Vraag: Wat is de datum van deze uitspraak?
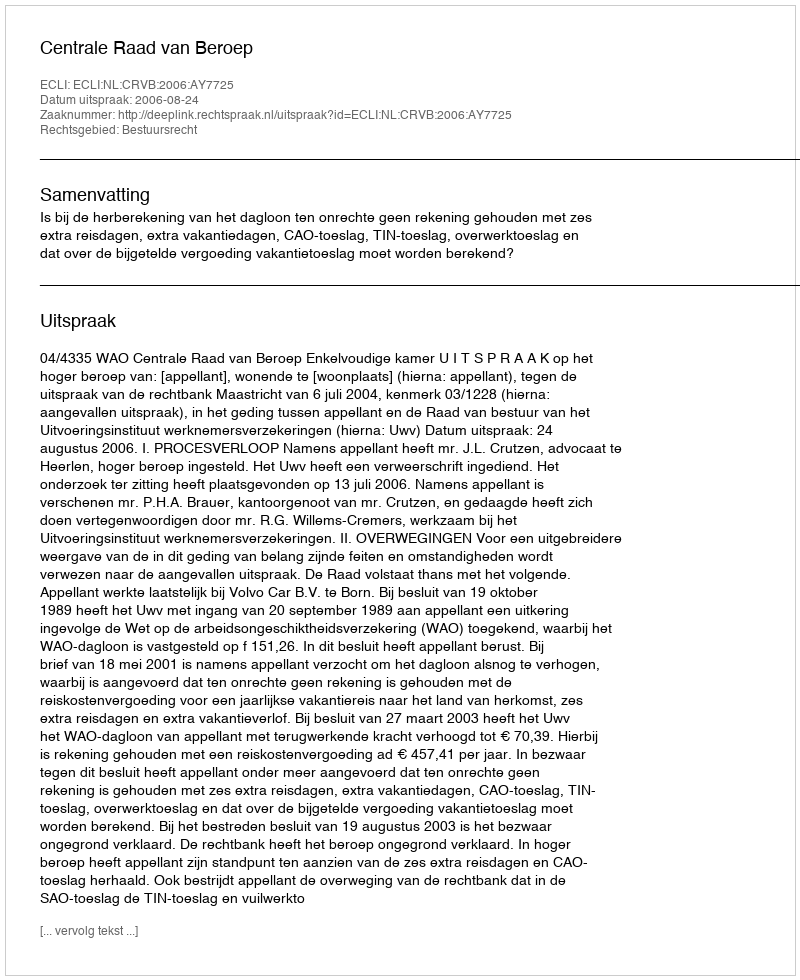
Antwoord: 2006-08-24